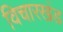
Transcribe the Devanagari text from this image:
विचारखंड